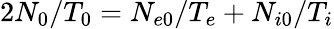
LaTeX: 2N_{0}/T_{0}=N_{e0}/T_{e}+N_{i0}/T_{i}